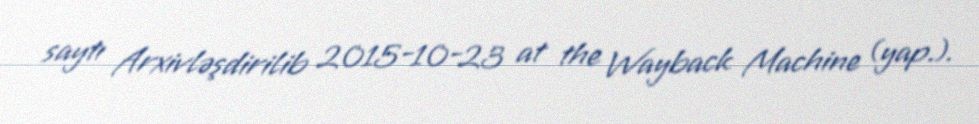
saytı Arxivləşdirilib 2015-10-23 at the Wayback Machine (yap.).